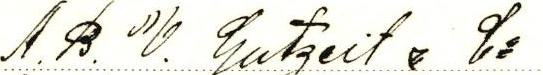
A.B. W. Gutzeit & C:o